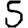
Digit: 5